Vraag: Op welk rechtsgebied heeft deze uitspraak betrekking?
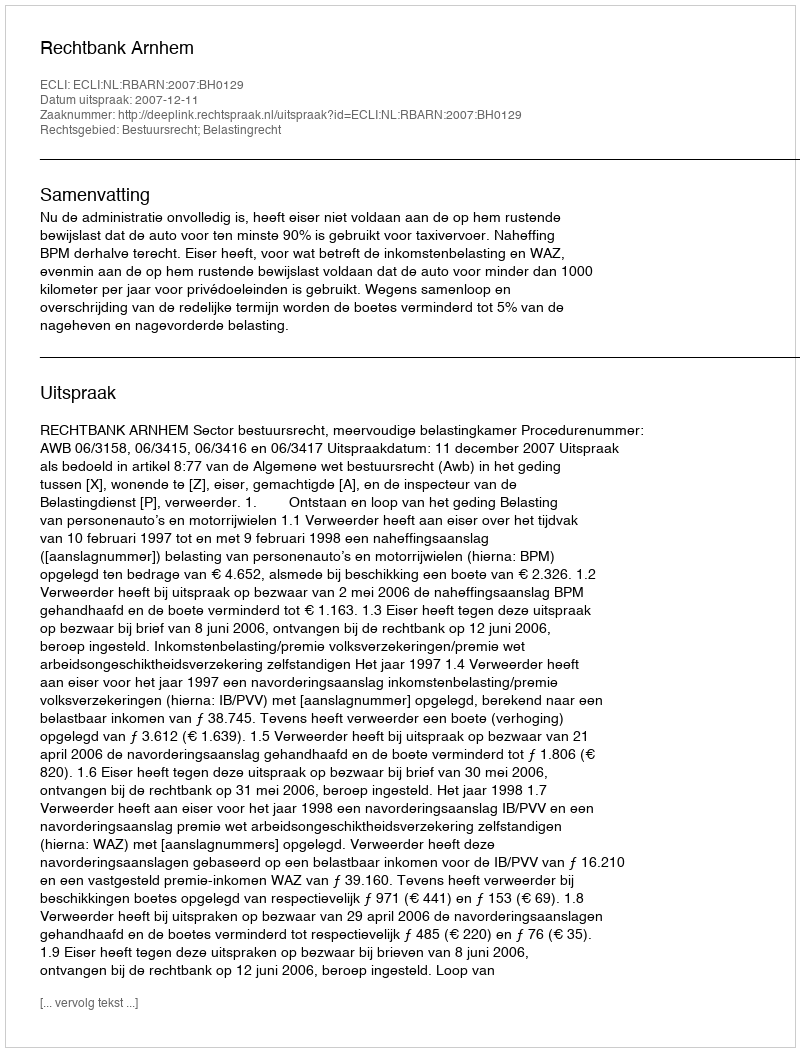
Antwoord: Bestuursrecht; Belastingrecht